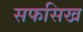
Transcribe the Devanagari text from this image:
सफसिख